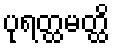
ပုရတ္ထမတ္ထိ